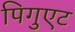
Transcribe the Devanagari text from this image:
पिगुएट